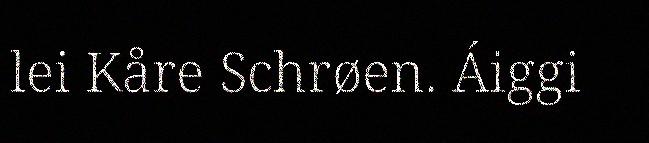
lei Kåre Schrøen. Áiggi